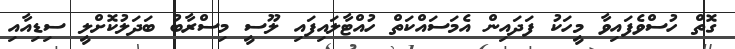
ގޮތް ހުސްވެފައިވާ މީހަކު ފަދައިން އެމަސައްކަތް ހުއްޓާލައިފައި ލޫސީ މިސްރާބު ބަދަލުކޮށްލީ ސިޑިއާއި